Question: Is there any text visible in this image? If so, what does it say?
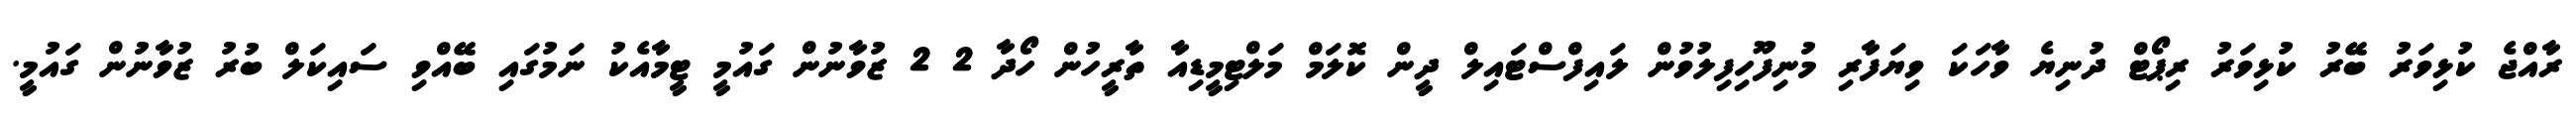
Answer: ރާއްޖެ ކުޅިވަރު ބޭރު ކުޅިވަރު ރިޕޯޓް ދުނިޔެ ވާހަކަ ވިޔަފާރި މުނިފޫހިފިލުވުން ލައިފްސްޓައިލް ދީން ކޮލަމް މަލްޓިމީޑިއާ ތާރީހުން ހޯދާ 2 2 ޒުވާނުން ގައުމީ ޓީމާއެކު ނަމުގައި ބޭއްވި ސައިކަލް ބުރު ޒުވާނުން ގައުމީ.